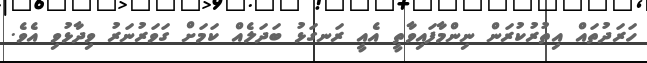
ހަރަދުތައް އިތުރުކުރަން ނިންމާފައިވާތީ އެއީ ރަނގަޅު ބަދަލެއް ކަމަށް ގަވަރުނަރު ވިދާޅުވި އެވެ.